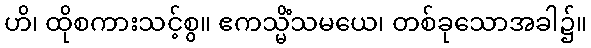
ဟိ၊ ထိုစကားသင့်စွ။ ဧကသ္မိံသမယေ၊ တစ်ခုသောအခါ၌။